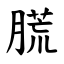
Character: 㬻